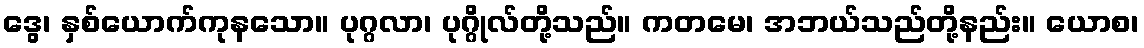
ဒွေ၊ နှစ်ယောက်ကုနသော။ ပုဂ္ဂလာ၊ ပုဂ္ဂိုလ်တို့သည်။ ကတမေ၊ အဘယ်သည်တို့နည်း။ ယောစ၊